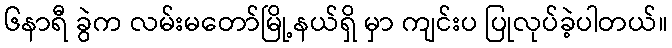
၆နာရီ ခွဲက လမ်းမတော်မြို့နယ်ရှိ မှာ ကျင်းပ ပြုလုပ်ခဲ့ပါတယ်။